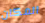
المكان